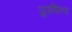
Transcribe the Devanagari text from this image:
जुडकिन्स